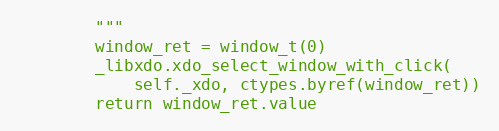
Language: Python
        """
        window_ret = window_t(0)
        _libxdo.xdo_select_window_with_click(
            self._xdo, ctypes.byref(window_ret))
        return window_ret.value